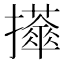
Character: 𢹕